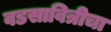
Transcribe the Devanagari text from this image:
वडसावित्रीचा